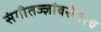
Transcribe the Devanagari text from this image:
संगीतज्ज्ञांबरोबरच